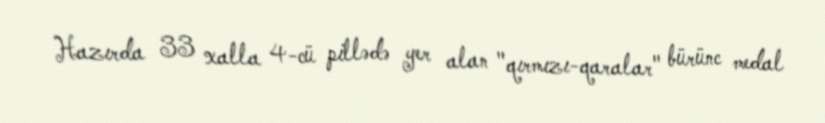
Hazırda 33 xalla 4-cü pillədə yer alan "qırmızı-qaralar" bürünc medal